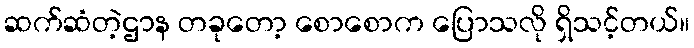
ဆက်ဆံတဲ့ဌာန တခုတော့ စောစောက ပြောသလို ရှိသင့်တယ်။